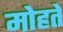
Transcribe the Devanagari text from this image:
मोहते